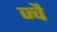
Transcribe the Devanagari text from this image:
ज्‍वै